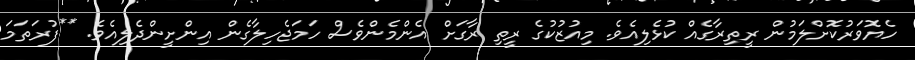
ހެޔޮވަރުކޮށްލަމުން ރީތިރާގެއް ކުޅެލިއެވެ. މިއުޒުކުގެ ރީތި ރާގަށް އެންމެންވެސް ހަމަޖެހިލާގެން އިންށީންދެލިއެވެ. **ފުރަތަަމަ